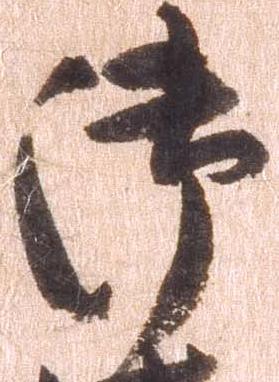
御